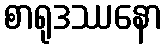
စာရုဒဿနော